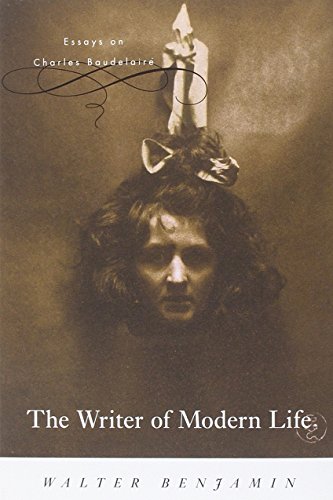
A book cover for The Writer of Modern Life: Essays on Charles Baudelaire; Walter Benjamin; Literature & Fiction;